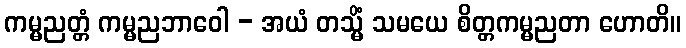
ကမ္မညတ္တံ ကမ္မညဘာဝေါ - အယံ တသ္မိံ သမယေ စိတ္တကမ္မညတာ ဟောတိ။